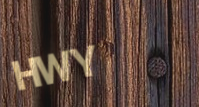
HWY